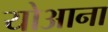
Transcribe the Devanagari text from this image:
योआना